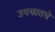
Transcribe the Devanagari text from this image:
उपचाराचे